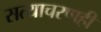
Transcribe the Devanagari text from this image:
सत्याचरणही